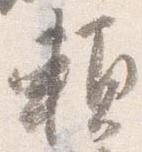
頼